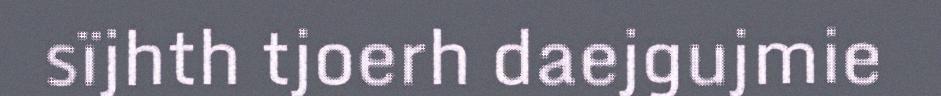
sïjhth tjoerh daejgujmie